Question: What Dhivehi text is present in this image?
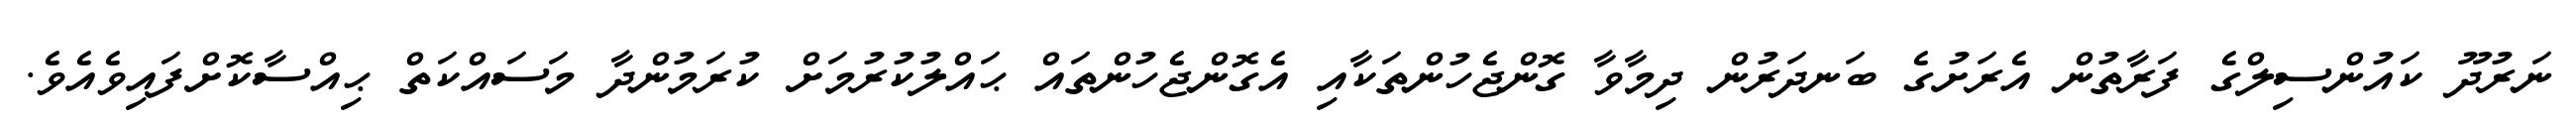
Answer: ނަރުދޫ ކައުންސިލްގެ ފަރާތުން އެރަށުގެ ބަނދަރުން ދިމާވާ ގޮންޖެހުންތަކާއި އެގޮންޖެހުންތައް ޙައްލުކުރުމަށް ކުރަމުންދާ މަސައްކަތް ޙިއްސާކޮށްފައިވެއެވެ.